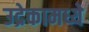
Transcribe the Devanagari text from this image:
उद्रेकामध्ये